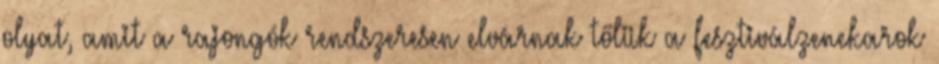
olyat, amit a rajongók rendszeresen elvárnak tőlük a fesztiválzenekarok